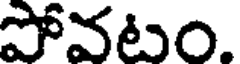
పోవటం.